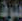
حلوة